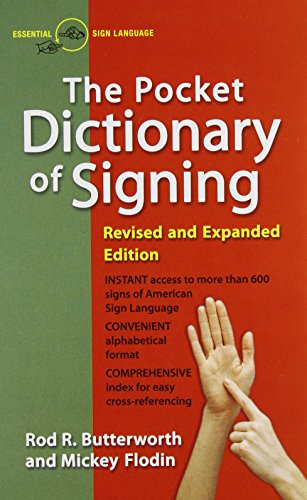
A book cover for The Pocket Dictionary Of Signing; Rod R. Butterworth; Reference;